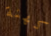
كهنة